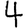
Digit: 4